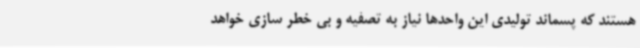
هستند که پسماند تولیدی این واحدها نیاز به تصفیه و بی خطر سازی خواهد